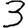
Digit: 3